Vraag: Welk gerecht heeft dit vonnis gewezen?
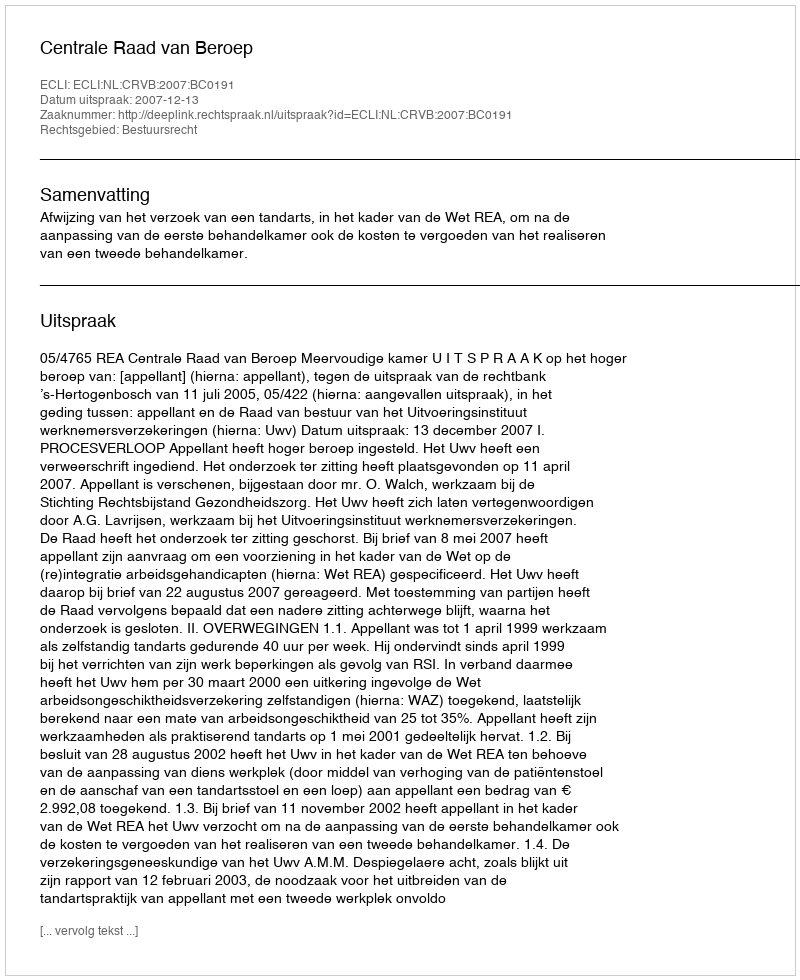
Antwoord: Centrale Raad van Beroep